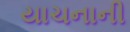
યાચનાની